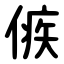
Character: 㑵